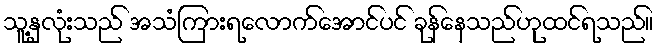
သူ့နှလုံးသည် အသံကြားရလောက်အောင်ပင် ခုန်နေသည်ဟုထင်ရသည်။